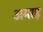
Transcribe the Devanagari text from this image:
अमाह